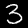
Label: 3